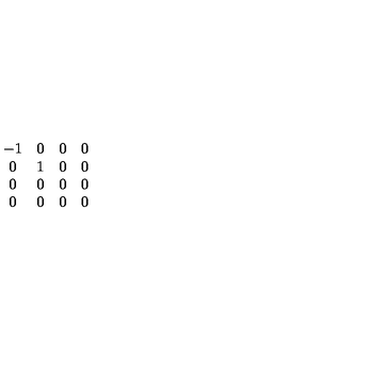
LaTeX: \begin{array} { c c c c } { - 1 } & { 0 } & { 0 } & { 0 } \\ { 0 } & { 1 } & { 0 } & { 0 } \\ { 0 } & { 0 } & { 0 } & { 0 } \\ { 0 } & { 0 } & { 0 } & { 0 } \\ \end{array}